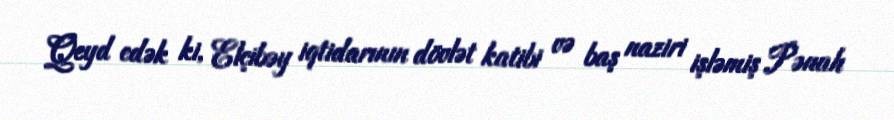
Qeyd edək ki, Elçibəy iqtidarının dövlət katibi və baş naziri işləmiş Pənah